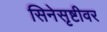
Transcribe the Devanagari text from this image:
सिनेसृष्टीवर